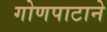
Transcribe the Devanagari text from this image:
गोणपाटाने